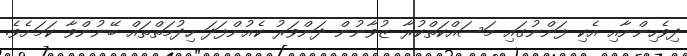
ދިވެހިންނާއި އެކި ފަންނުގައި މަސައްކަތްކުރާ ޒުވާނުން ދަންވަރު ކެއުންފަދަ ހިދުމަތްތައް ބޭނުންވާ ކަމަށެވެ.